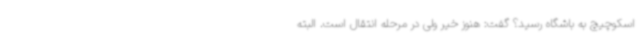
اسکوچیچ به باشگاه رسید؟ گفت: هنوز خیر ولی در مرحله انتقال است. البته